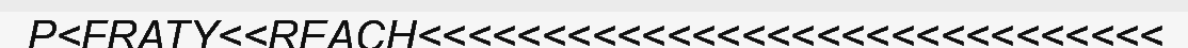
P<FRATY<<REACH<<<<<<<<<<<<<<<<<<<<<<<<<<<<<<